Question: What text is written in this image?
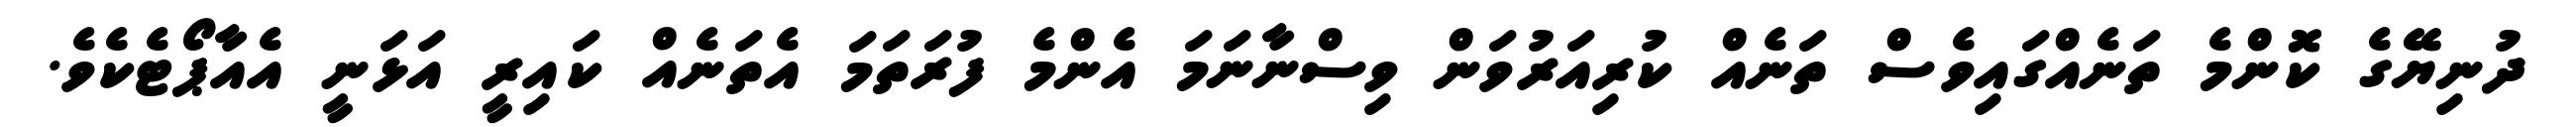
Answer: ދުނިޔޭގެ ކޮންމެ ތަނެއްގައިވެސް ތަނެއް ކުރިއަރުވަން ވިސްނާނަމަ އެންމެ ފުރަތަމަ އެތަނެއް ކައިރީ އަޅަނީ އެއާޕޯޓެކެވެ.